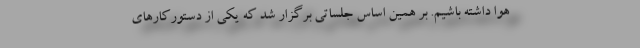
هوا داشته باشیم. بر همین اساس جلساتی برگزار شد که یکی از دستورکارهای